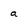
Character: a